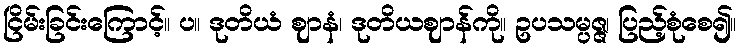
ငြိမ်းခြင်းကြောင့်။ ပ။ ဒုတိယံ ဈာနံ၊ ဒုတိယဈာန်ကို။ ဥပသမ္ပဇ္ဇ၊ ပြည့်စုံစေ၍။